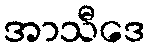
အာသီဒေ